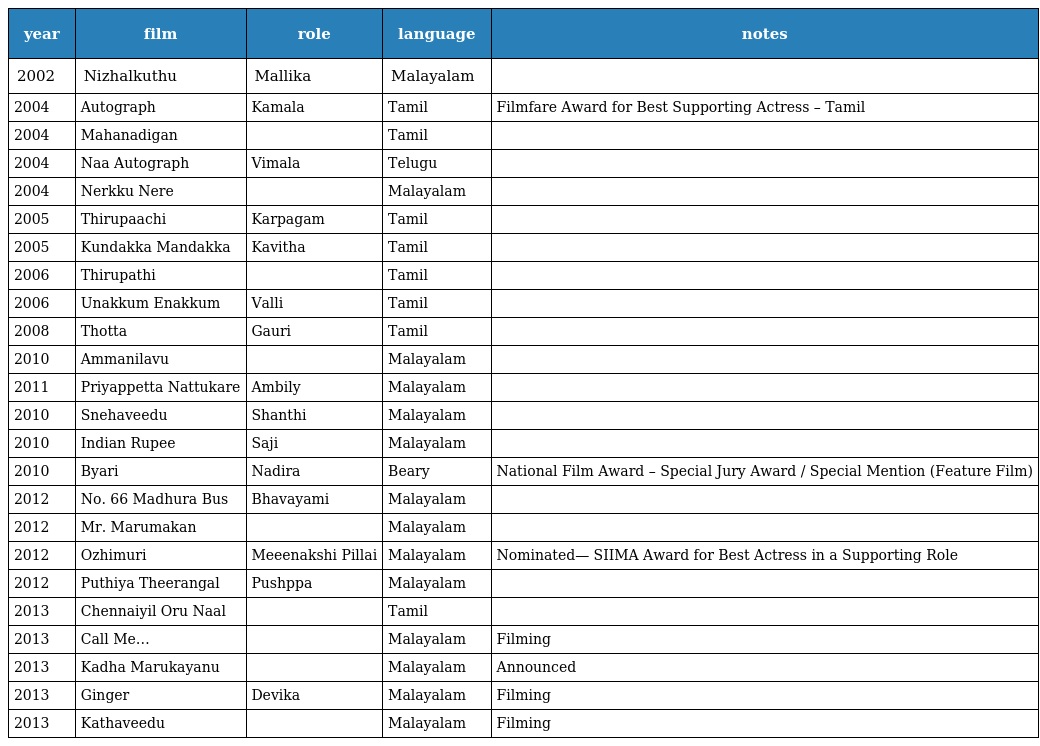
| year | film | role | language | notes |
 | --- | --- | --- | --- | --- |
 | 2002 | Nizhalkuthu | Mallika | Malayalam |  |
 | 2004 | Autograph | Kamala | Tamil | Filmfare Award for Best Supporting Actress – Tamil |
 | 2004 | Mahanadigan |  | Tamil |  |
 | 2004 | Naa Autograph | Vimala | Telugu |  |
 | 2004 | Nerkku Nere |  | Malayalam |  |
 | 2005 | Thirupaachi | Karpagam | Tamil |  |
 | 2005 | Kundakka Mandakka | Kavitha | Tamil |  |
 | 2006 | Thirupathi |  | Tamil |  |
 | 2006 | Unakkum Enakkum | Valli | Tamil |  |
 | 2008 | Thotta | Gauri | Tamil |  |
 | 2010 | Ammanilavu |  | Malayalam |  |
 | 2011 | Priyappetta Nattukare | Ambily | Malayalam |  |
 | 2010 | Snehaveedu | Shanthi | Malayalam |  |
 | 2010 | Indian Rupee | Saji | Malayalam |  |
 | 2010 | Byari | Nadira | Beary | National Film Award – Special Jury Award / Special Mention (Feature Film) |
 | 2012 | No. 66 Madhura Bus | Bhavayami | Malayalam |  |
 | 2012 | Mr. Marumakan |  | Malayalam |  |
 | 2012 | Ozhimuri | Meeenakshi Pillai | Malayalam | Nominated— SIIMA Award for Best Actress in a Supporting Role |
 | 2012 | Puthiya Theerangal | Pushppa | Malayalam |  |
 | 2013 | Chennaiyil Oru Naal |  | Tamil |  |
 | 2013 | Call Me… |  | Malayalam | Filming |
 | 2013 | Kadha Marukayanu |  | Malayalam | Announced |
 | 2013 | Ginger | Devika | Malayalam | Filming |
 | 2013 | Kathaveedu |  | Malayalam | Filming |